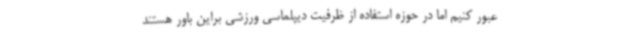
عبور کنیم اما در حوزه استفاده از ظرفیت دیپلماسی ورزشی براین باور هستند